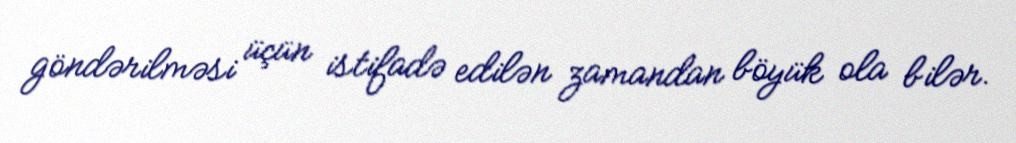
göndərilməsi üçün istifadə edilən zamandan böyük ola bilər.